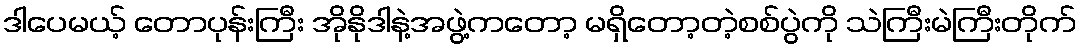
ဒါပေမယ့် တောပုန်းကြီး အိုနိုဒါနဲ့အဖွဲ့ကတော့ မရှိတော့တဲ့စစ်ပွဲကို သဲကြီးမဲကြီးတိုက်